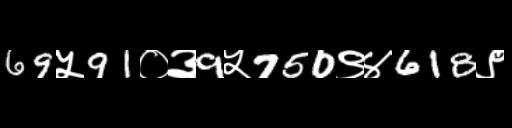
Text: 69५91०३9५750९४618९